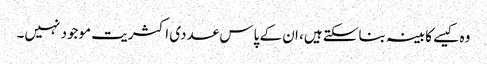
وہ کیسے کابینہ بناسکتے ہیں، ان کے پاس عددی اکثریت موجود نہیں۔